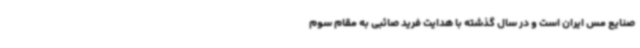
صنایع مس ایران است و در سال گذشته با هدایت فرید صائبی به مقام سوم